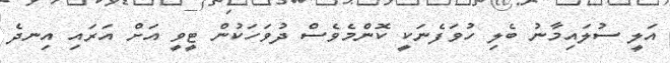
އަލީ ސުލައިމާނު ބެލި ހުވަފެނަކީ ކޮންމެވެސް ދުވަހަކުން ޓީވީ އަށް އަރައި އިނދެ